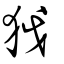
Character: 狘